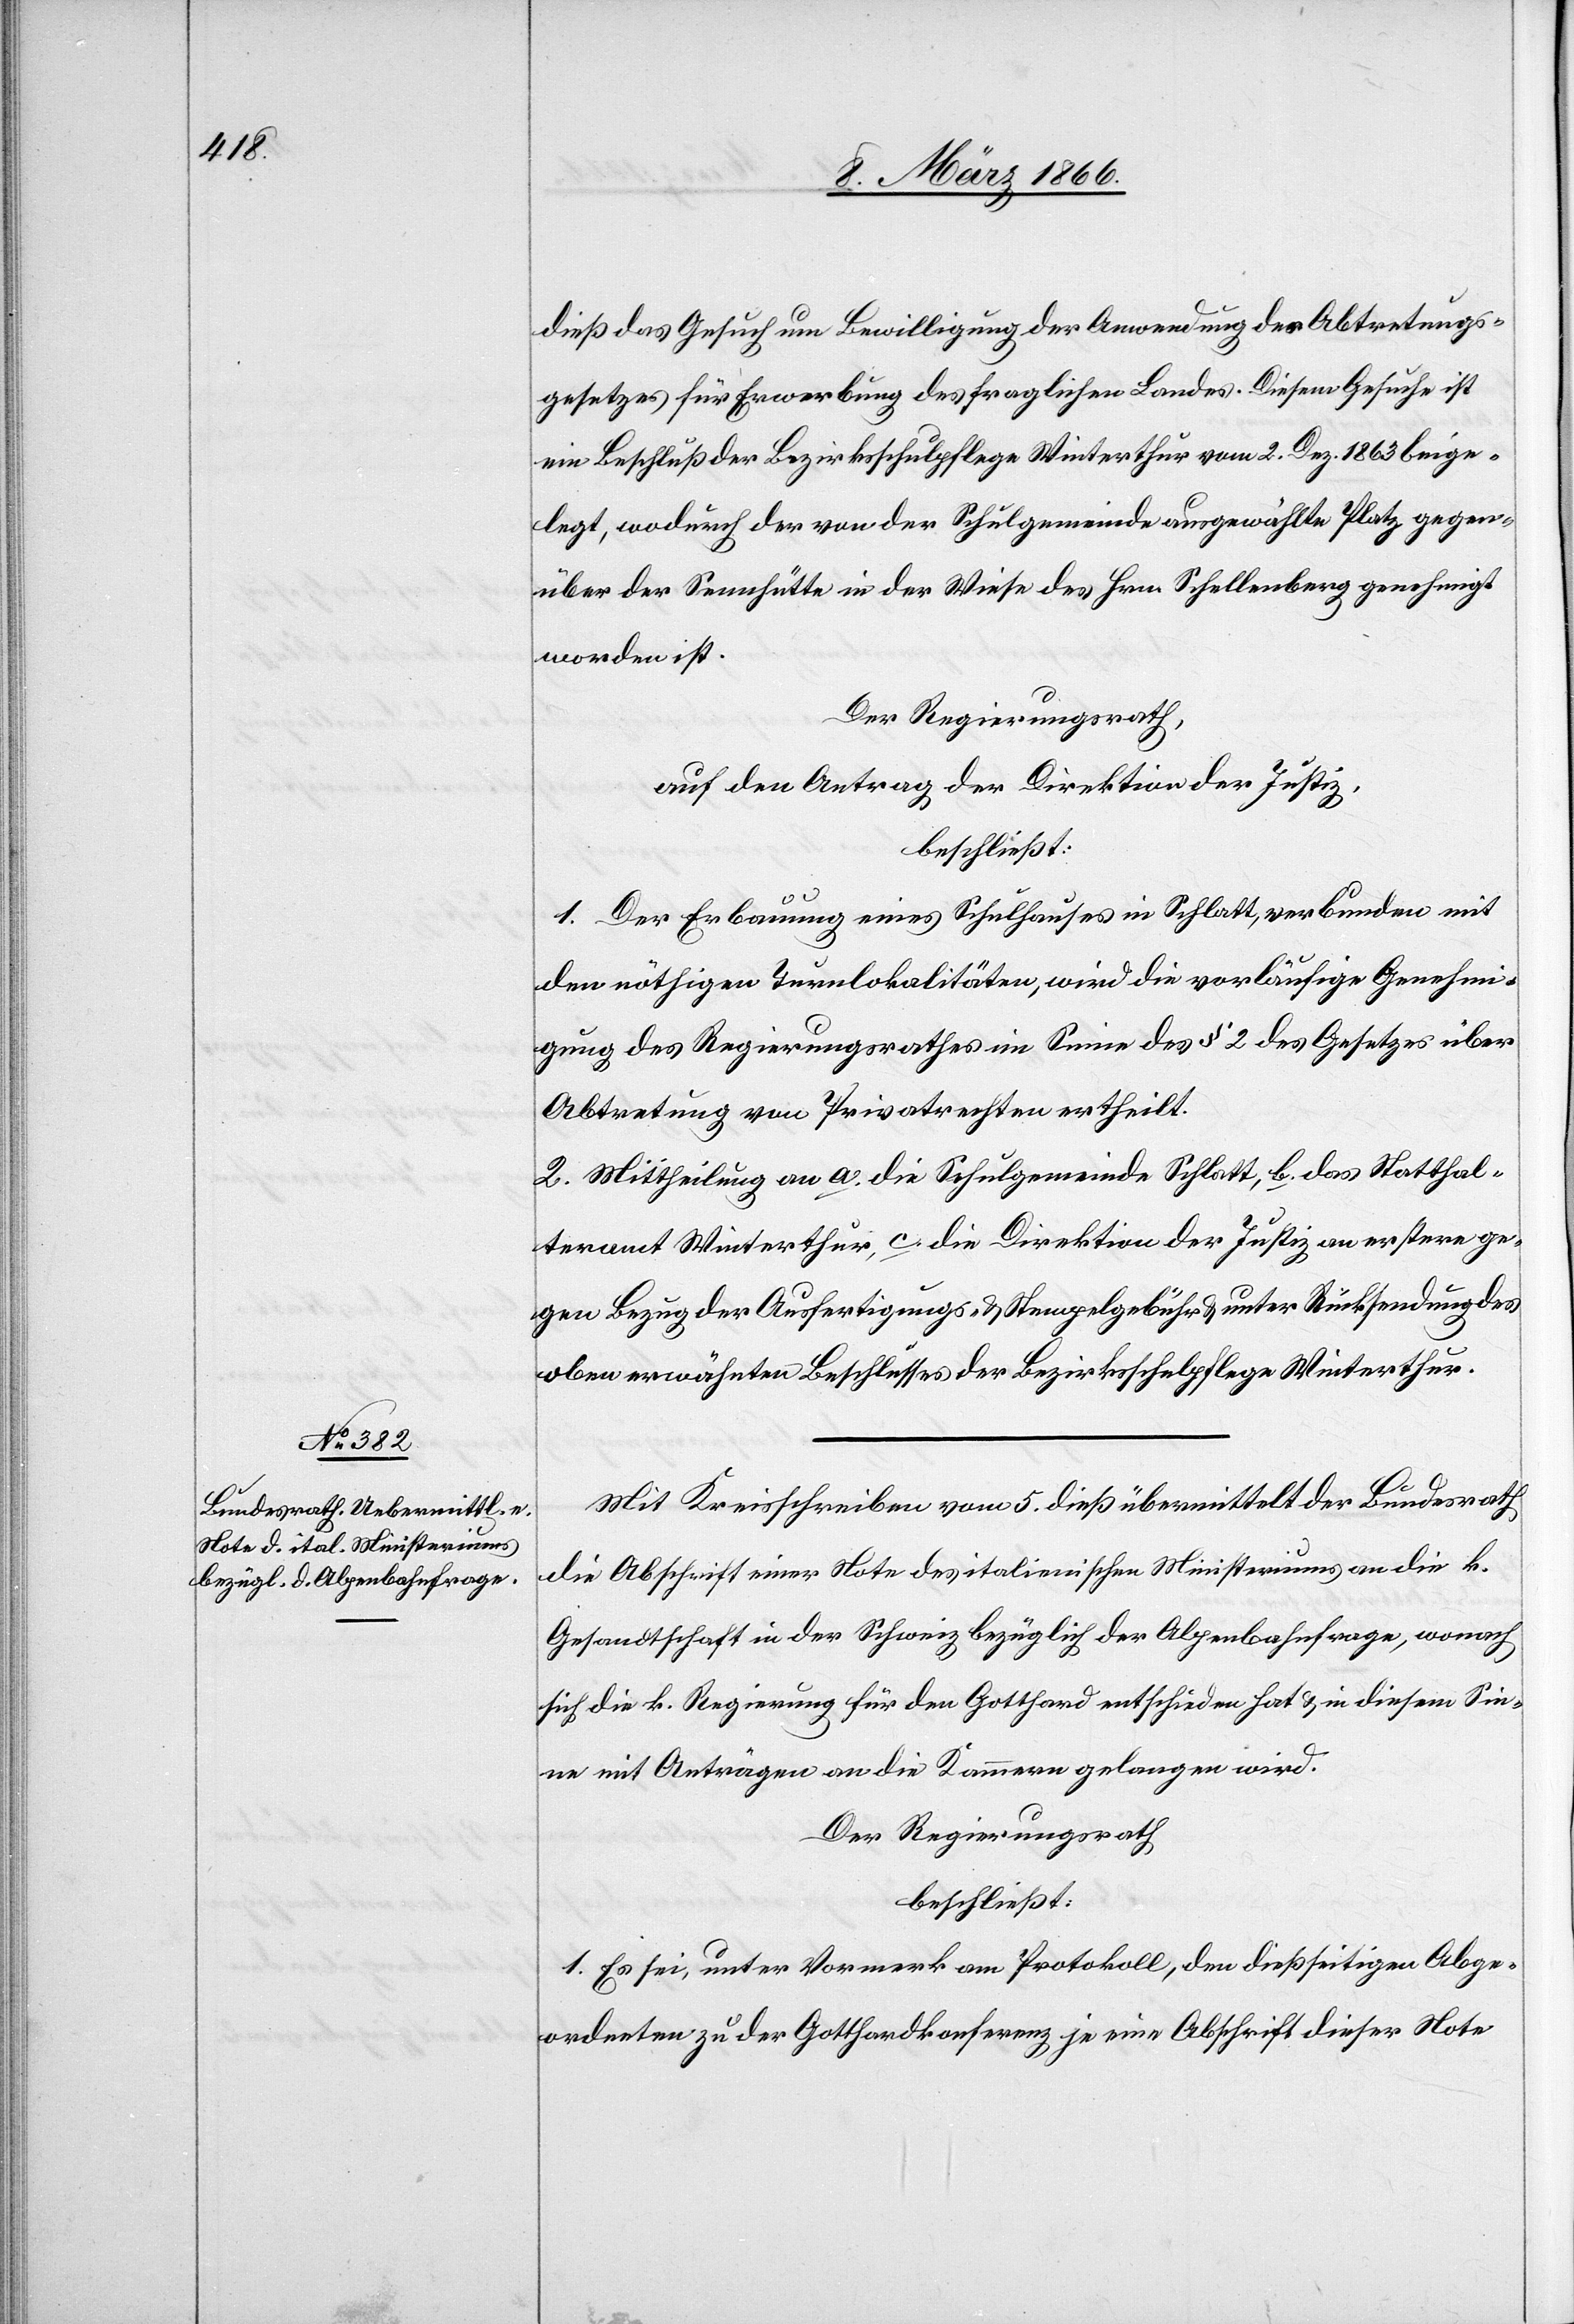
dieß das Gesuch um Bewilligung der Anwendung des Abtretungs¬
gesetzes für Erwerbung des fraglichen Landes. Diesem Gesuche ist
ein Beschluß der Bezirksschulpflege Winterthur vom 2. Dez. 1863 beige¬
legt, wodurch der von der Schulgemeinde ausgewählte Platz gegen¬
über der Sennhütte in der Wiese des Hrn. Schellenberg genehmigt
worden ist.
Der Regierungsrath,
auf den Antrag der Direktion der Justiz,
beschließt:
1. Der Erbauung eines Schulhauses in Schlatt, verbunden mit
den nöthigen Turnlokalitäten, wird die vorläufige Genehmi¬
gung des Regierungsrathes im Sinne des § 2 des Gesetzes über
Abtretung von Privatrechten ertheilt.
2. Mittheilung an a. die Schulgemeinde Schlatt, b. das Statthal¬
teramt Winterthur, c. die Direktion der Justiz an erstere ge¬
gen Bezug der Ausfertigungs- u. Stempelgebühren u. unter Rückstellung des
oben erwähnten Beschlusses der Bezirksschulpflege Winterthur.
Mit Kreisschreiben vom 5. dieß übermittelt der Bundesrath
die Abschrift einer Note des italienischen Ministeriums an die k.
Gesandtschaft in der Schweiz bezüglich der Alpenbahnfrage, wonach
sich die k. Regierung für den Gotthard entschieden hat u. in diesem Sin¬
ne mit Anträgen an die Kammern gelangen wird.
Der Regierungsrath
beschließt:
1. Sei, unter Vormerk am Protokoll, den dießseitigen Abge¬
ordneten zu der Gotthardkonferenz je eine Abschrift dieser Note